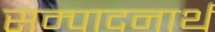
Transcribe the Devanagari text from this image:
सम्पादनार्थ